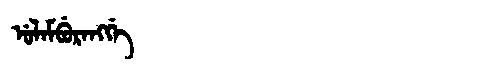
Manchu: ᡠᠯᠠᠮᠪᡠᡵᠠᠩᡤᡝ
Romanization: ULAMBURANGGE